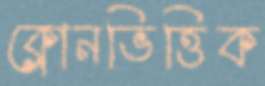
ক্লোনভিত্তিক